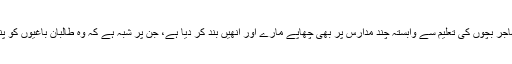
حکام نے مہاجر بچوں کی تعلیم سے وابستہ چند مدارس پر بھی چھاپے مارے اور اُنھیں بند کر دیا ہے، جِن پر شبہ ہے کہ وہ طالبان باغیوں کو پناہ دیتے ہیں۔